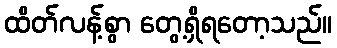
ထိတ်လန့်စွာ တွေ့ရှိရတော့သည်။